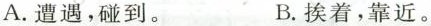
A.遭遇,碰到。 B.挨着,靠近。